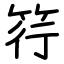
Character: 筕